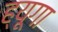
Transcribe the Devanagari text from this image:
ह्यूगा